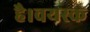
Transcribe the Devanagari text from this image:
है।वयस्क